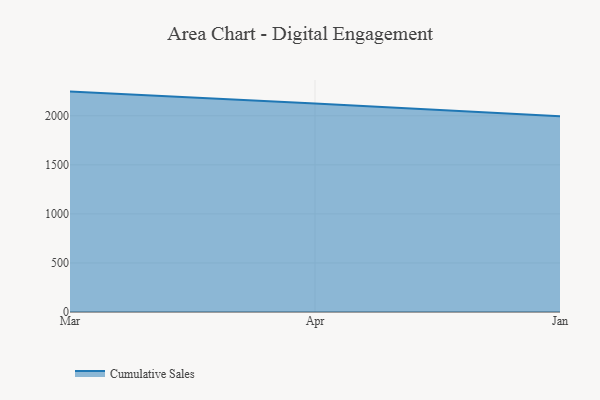
{"axis": {"x": "Month", "y": "Population (Million)"}, "legend": ["Cumulative Sales"], "data": [{"x": "Mar", "y": 2246.4, "type": "Cumulative Sales"}, {"x": "Apr", "y": 2125.8, "type": "Cumulative Sales"}, {"x": "Jan", "y": 1995.9, "type": "Cumulative Sales"}]}